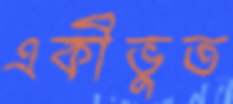
একীভুত